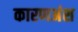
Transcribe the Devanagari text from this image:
कारणअंश